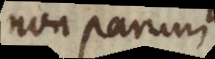
non parum